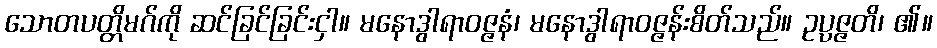
သောတပတ္တိမဂ်ကို ဆင်ခြင်ခြင်းငှါ။ မနောဒွါရာဝဇ္ဇနံ၊ မနောဒွါရာဝဇ္ဇန်းစိတ်သည်။ ဥပ္ပဇ္ဇတိ၊ ၏။